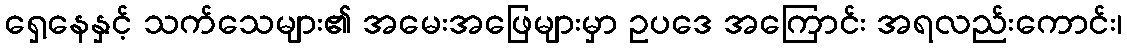
ရှေ့နေနှင့် သက်သေများ၏ အမေးအဖြေများမှာ ဥပဒေ အကြောင်း အရလည်းကောင်း၊